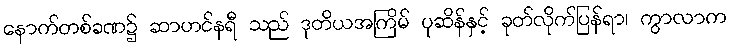
နောက်တစ်ခဏ၌ ဆာဟင်နရီ သည် ဒုတိယအကြိမ် ပုဆိန်နှင့် ခုတ်လိုက်ပြန်ရာ၊ ကွာလာက